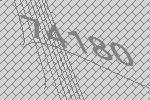
74180